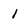
Character: 1